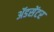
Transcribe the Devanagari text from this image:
ॲडसेंटर